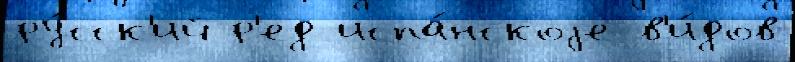
ру́сск'ий р'ед испа́нскоjе в'и́дов